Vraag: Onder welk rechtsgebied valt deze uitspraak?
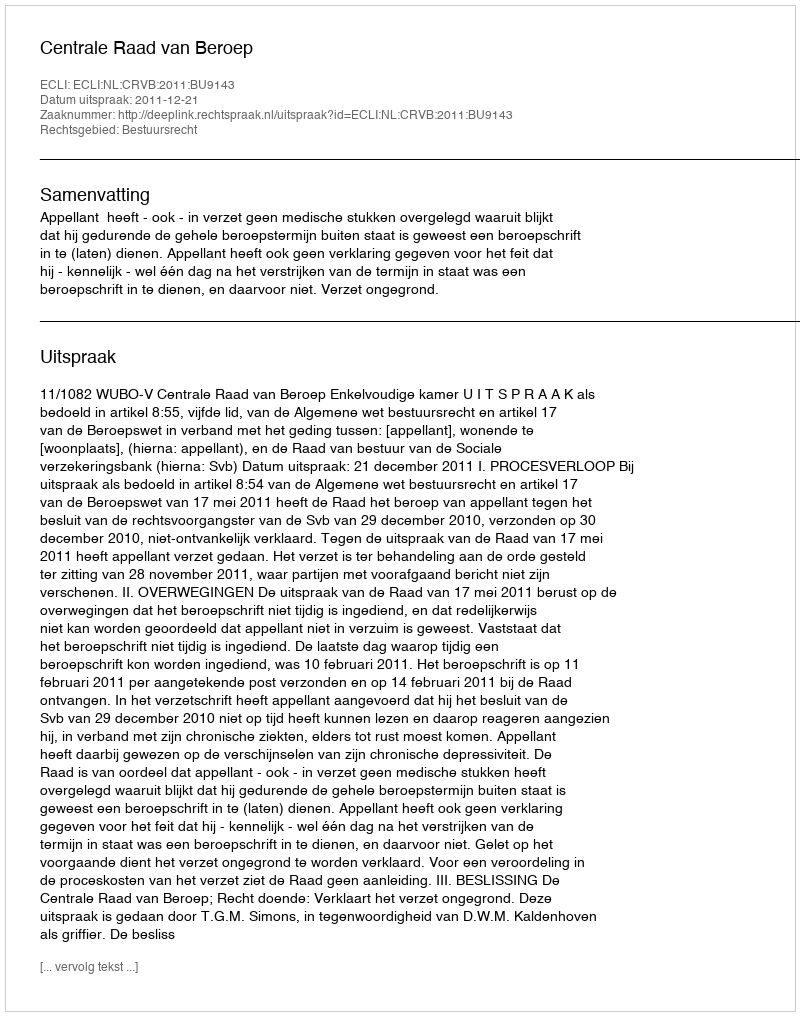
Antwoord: Bestuursrecht